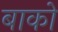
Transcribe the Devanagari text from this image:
बाको